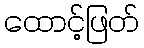
ထောင့်ဖြတ်